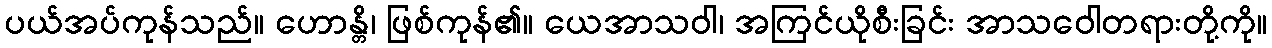
ပယ်အပ်ကုန်သည်။ ဟောန္တိ၊ ဖြစ်ကုန်၏။ ယေအာသဝါ၊ အကြင်ယိုစီးခြင်း အာသဝေါတရားတို့ကို။